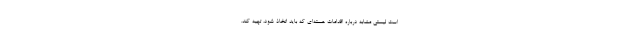
است لیستی مشابه درباره اقدامات هسته‌ای که باید اتخاذ شود، تهیه کند.